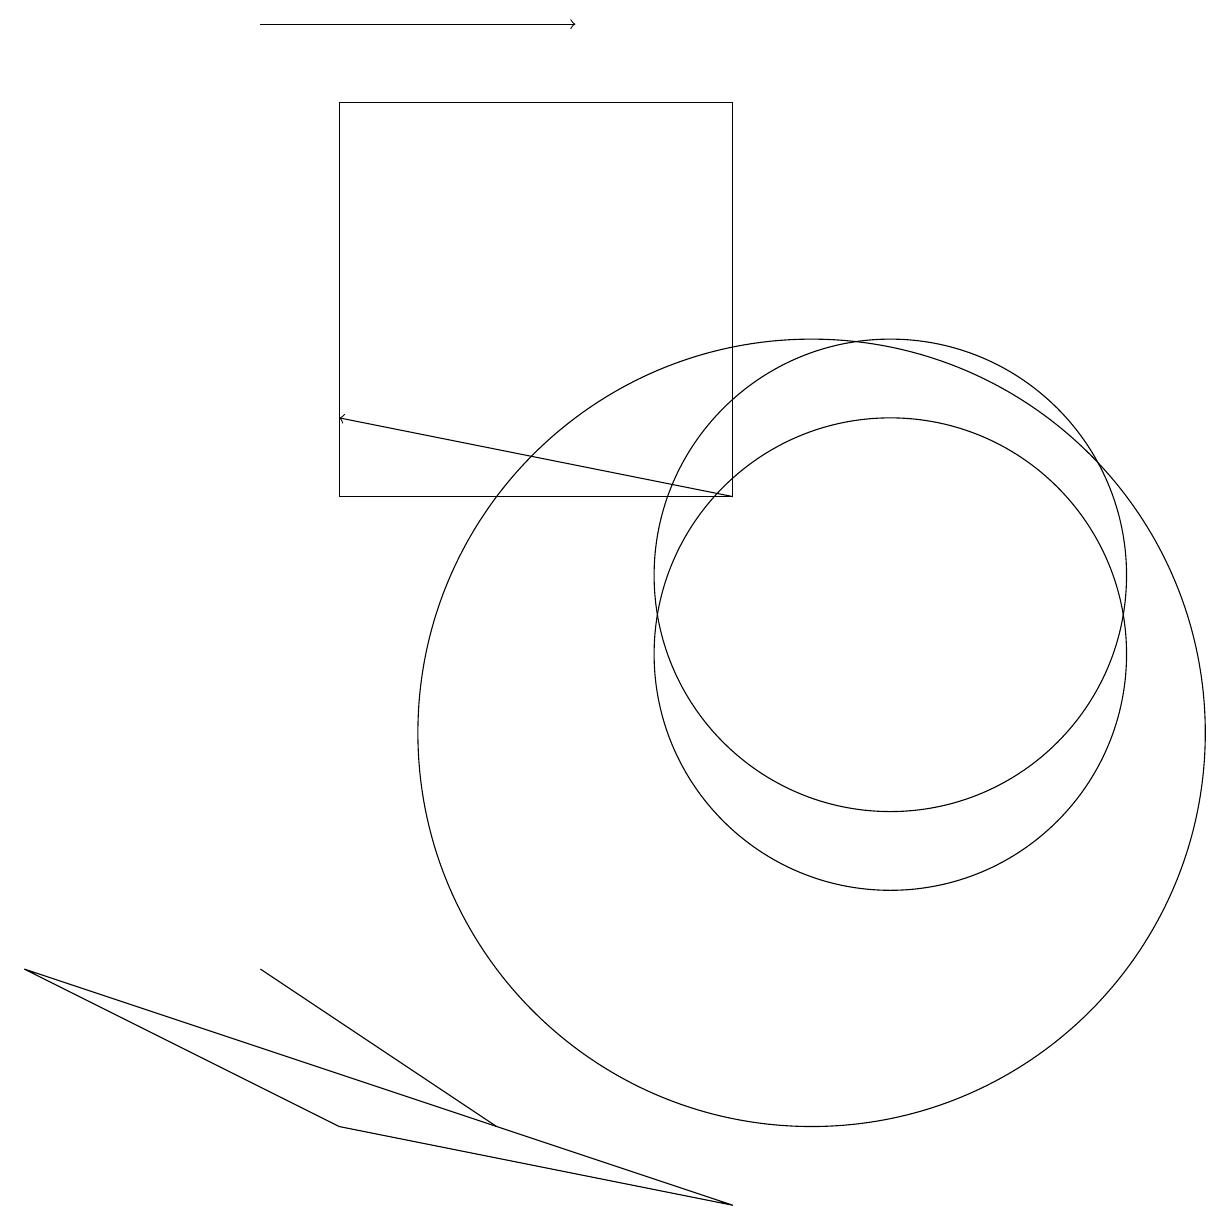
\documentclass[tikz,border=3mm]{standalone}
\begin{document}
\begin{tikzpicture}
\draw (0,7) -- (9,4) -- (4,5) -- cycle;
\draw (11,12) circle (3);
\draw[->] (3,19) -- (7,19);
\draw[->] (9,13) -- (4,14);
\draw (11,11) circle (3);
\draw (9,18) rectangle (4,13);
\draw (10,10) circle (5);
\draw (6,5) -- (3,7) -- (3,7) -- cycle;
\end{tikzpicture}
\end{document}